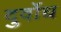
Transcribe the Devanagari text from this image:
दुर्वोध